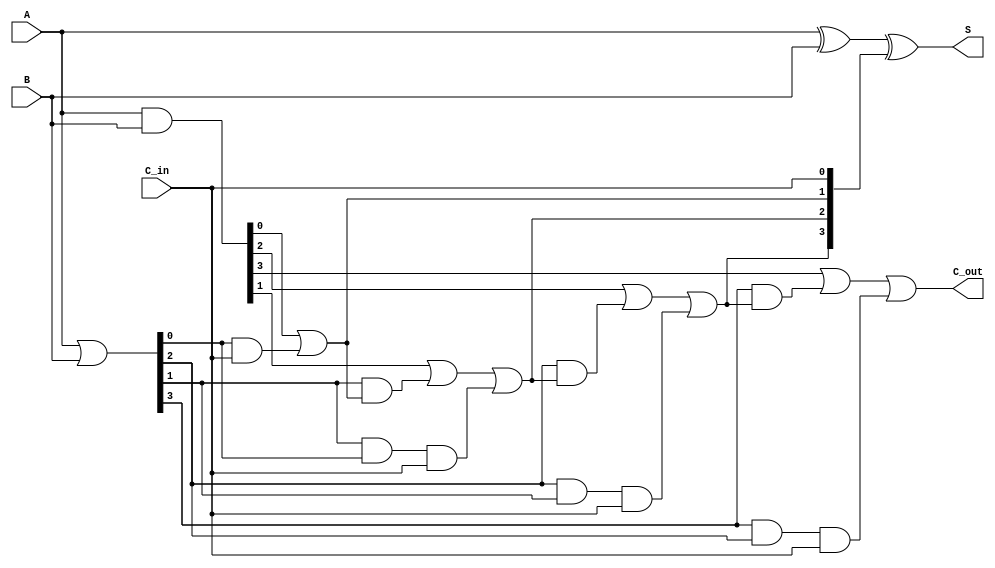
module CarryLookaheadAdder #(parameter n = 4) (
    input  [n-1:0] A,        // First n-bit input
    input  [n-1:0] B,        // Second n-bit input
    input         C_in,      // Carry-in input
    output [n-1:0] S,        // n-bit sum output
    output        C_out       // Carry-out output
);

    // Generate and Propagate signals
    wire [n-1:0] G; // Generate signals
    wire [n-1:0] P; // Propagate signals
    wire [n:0] C;   // Carry signals

    // Generate and Propagate logic
    assign G = A & B;          // G[i] = A[i] * B[i]
    assign P = A | B;          // P[i] = A[i] + B[i]

    // Carry logic
    assign C[0] = C_in;        // C[0] = C_in
    genvar i;
    generate
        for (i = 0; i < n; i = i + 1) begin : carry_logic
            if (i == 0) begin
                assign C[i + 1] = G[i] | (P[i] & C[0]);
            end else begin
                assign C[i + 1] = G[i] | (P[i] & C[i]) | (P[i] & P[i-1] & C[0]);
            end
        end
    endgenerate

    // Sum calculation
    assign S = A ^ B ^ C[n-1:0]; // S[i] = A[i] XOR B[i] XOR C[i]

    // Carry-out output
    assign C_out = C[n];

endmodule